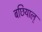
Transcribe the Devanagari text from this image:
बछियाल्